Annual report of the Punjab Veterinary College and of the Civil Veterinary Department, Punjab - 1926-1932
Year: 1926
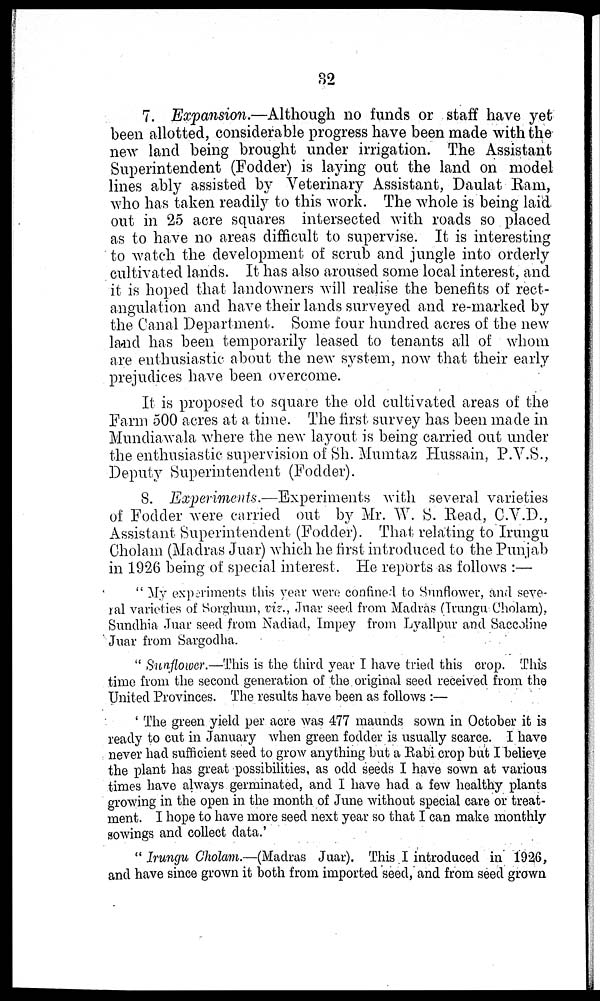
32
7. Expansion.—Although
no funds or staff have yet
been allotted, considerable progress have been made with the
new land being brought under irrigation. The Assistant
Superintendent (Fodder) is laying out the land on model
lines ably assisted by Veterinary Assistant, Daulat Ram,
who has taken readily to this work. The whole is being laid
out in 25 acre squares intersected with roads so placed
as to have no areas difficult to supervise. It is interesting
to watch the development of scrub and jungle into orderly
cultivated lands. It has also aroused some local interest, and
it is hoped that landowners will realise the benefits of rect-
angulation and have their lands surveyed and re-marked by
the Canal Department. Some four hundred acres of the new
land has been temporarily leased to tenants all of whom
are enthusiastic about the new system, now that their early
prejudices have been overcome.
It is proposed to square the old cultivated areas of the
Farm 500 acres at a time. The first survey has been made in
Mundiawala where the new layout is being carried out under
the enthusiastic supervision of Sh. Mumtaz Hussain, P.V.S.,
Deputy Superintendent (Fodder).
8. Experiments.—Experiments
with several varieties
of Fodder were carried out by Mr. W. S. Read, C.V.D.,
Assistant Superintendent (Fodder). That relating to Irungu
Cholam (Madras Juar) which he first introduced to the Punjab
in 1926 being of special interest. He reports as follows :—
"My experiments this year were confined to Sunflower, and seve-
ral varieties of Sorghum, viz., Juar seed from Madras (Irungu Cholam),
Sundhia Juar seed from Nadiad, Impey from Lyallpur and Saccoline
Juar from Sargodha.
"Sunflower.—This is the third year I have tried this crop. This
time from the second generation of the original seed received from the
United Provinces. The results have been as follows :—
'The green yield per acre was 477 maunds sown in October it is
ready to cut in January when green fodder is usually scarce. I have
never had sufficient seed to grow anything but a Rabi crop but I believe
the plant has great possibilities, as odd seeds I have sown at various
times have always germinated, and I have had a few healthy plants
growing in the open in the month of June without special care or treat-
ment. I hope to have more seed next year so that I can make monthly
sowings and collect data.'
"Irungu Cholam.—(Madras Juar). This I introduced in 1926,
and have since grown it both from imported seed, and from seed grown